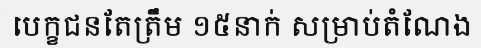
បេក្ខជនតែត្រឹម ១៥នាក់ សម្រាប់តំណែង